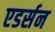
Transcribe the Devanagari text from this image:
एडर्सन